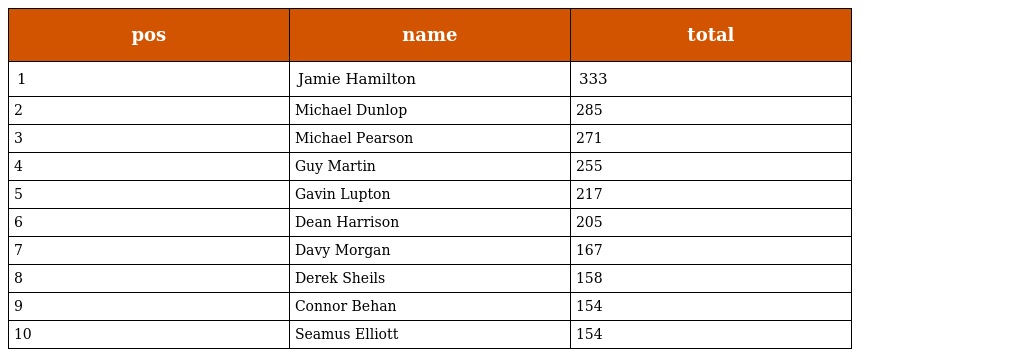
| pos | name | total |
 | --- | --- | --- |
 | 1 | Jamie Hamilton | 333 |
 | 2 | Michael Dunlop | 285 |
 | 3 | Michael Pearson | 271 |
 | 4 | Guy Martin | 255 |
 | 5 | Gavin Lupton | 217 |
 | 6 | Dean Harrison | 205 |
 | 7 | Davy Morgan | 167 |
 | 8 | Derek Sheils | 158 |
 | 9 | Connor Behan | 154 |
 | 10 | Seamus Elliott | 154 |